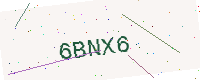
Text: 6BNX6